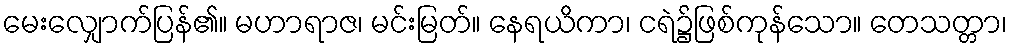
မေးလျှောက်ပြန်၏။ မဟာရာဇ၊ မင်းမြတ်။ နေရယိကာ၊ ငရဲ၌ဖြစ်ကုန်သော။ တေသတ္တာ၊